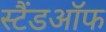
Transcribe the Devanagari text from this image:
स्टैंडऑफ